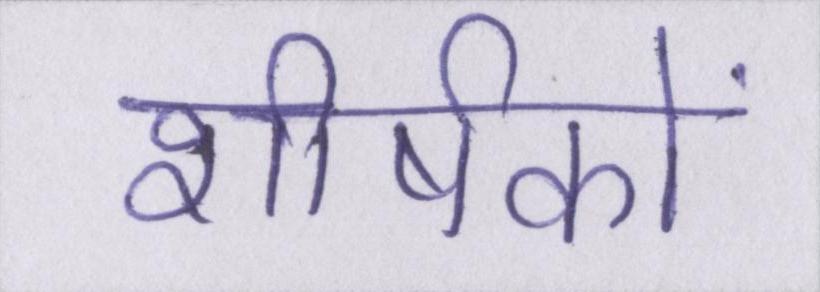
शीर्षकों